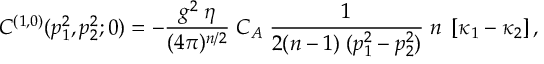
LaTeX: C ^ { ( 1 , 0 ) } ( p _ { 1 } ^ { 2 } , p _ { 2 } ^ { 2 } ; 0 ) = - \frac { g ^ { 2 } \; \eta } { ( 4 \pi ) ^ { n / 2 } } \; C _ { A } \; \frac { 1 } { 2 ( n - 1 ) \; ( p _ { 1 } ^ { 2 } - p _ { 2 } ^ { 2 } ) } \; n \; \left[ \kappa _ { 1 } - \kappa _ { 2 } \right] ,